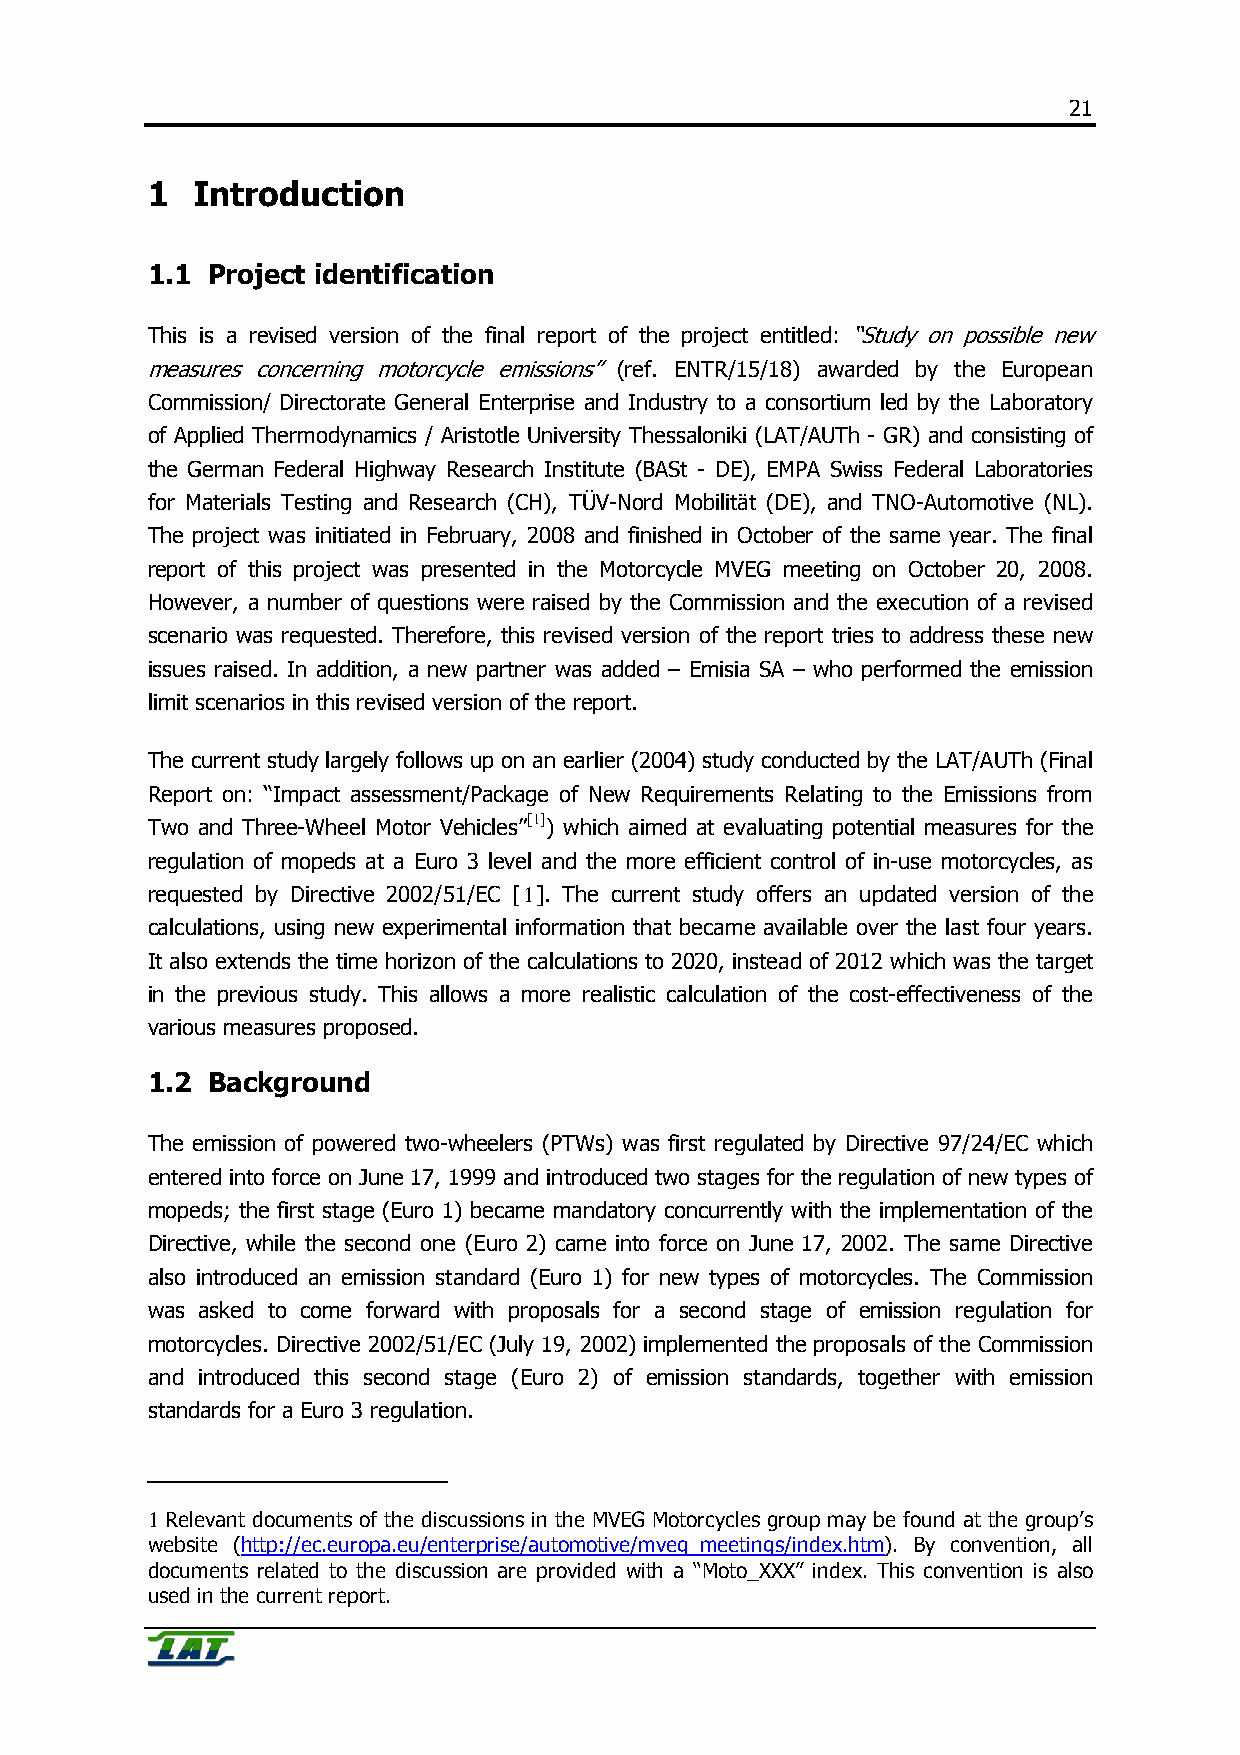
21
 1  Introduction
 1.1 Project identification
 This is a revised version of the final report of the project entitled: “Study on possible new
 measures concerning motorcycle emissions” (ref. ENTR/15/18) awarded by the European
 Commission/ Directorate General Enterprise and Industry to a consortium led by the Laboratory
 of Applied Thermodynamics / Aristotle University Thessaloniki (LAT/AUTh - GR) and consisting of
 the German Federal Highway Research Institute (BASt - DE), EMPA Swiss Federal Laboratories
 for Materials Testing and Research (CH), TÜV-Nord Mobilität (DE), and TNO-Automotive (NL).
 The project was initiated in February, 2008 and finished in October of the same year. The final
 report of this project was presented in the Motorcycle MVEG meeting on October 20, 2008.
 However, a number of questions were raised by the Commission and the execution of a revised
 scenario was requested. Therefore, this revised version of the report tries to address these new
 issues raised. In addition, a new partner was added – Emisia SA – who performed the emission
 limit scenarios in this revised version of the report.
 The current study largely follows up on an earlier (2004) study conducted by the LAT/AUTh (Final
 Report on: “Impact assessment/Package of New Requirements Relating to the Emissions from
 Two and Three-Wheel Motor Vehicles”[1]) which aimed at evaluating potential measures for the
 regulation of mopeds at a Euro 3 level and the more efficient control of in-use motorcycles, as
 requested by Directive 2002/51/EC [1]. The current study offers an updated version of the
 calculations, using new experimental information that became available over the last four years.
 It also extends the time horizon of the calculations to 2020, instead of 2012 which was the target
 in the previous study. This allows a more realistic calculation of the cost-effectiveness of the
 various measures proposed.
 1.2 Background
 The emission of powered two-wheelers (PTWs) was first regulated by Directive 97/24/EC which
 entered into force on June 17, 1999 and introduced two stages for the regulation of new types of
 mopeds; the first stage (Euro 1) became mandatory concurrently with the implementation of the
 Directive, while the second one (Euro 2) came into force on June 17, 2002. The same Directive
 also introduced an emission standard (Euro 1) for new types of motorcycles. The Commission
 was asked to come forward with proposals for a second stage of emission regulation for
 motorcycles. Directive 2002/51/EC (July 19, 2002) implemented the proposals of the Commission
 and introduced this second stage (Euro 2) of emission standards, together with emission
 standards for a Euro 3 regulation.
 1 Relevant documents of the discussions in the MVEG Motorcycles group may be found at the group’s
 website (http://ec.europa.eu/enterprise/automotive/mveg_meetings/index.htm). By convention, all
 documents related to the discussion are provided with a “Moto_XXX” index. This convention is also
 used in the current report.